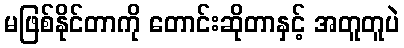
မဖြစ်နိုင်တာကို တောင်းဆိုတာနှင့် အတူတူပဲ